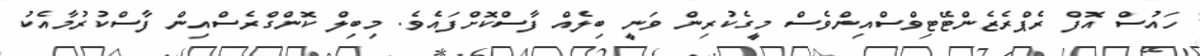
ހައުސް އޮފް ރެޕްރެޒެންޓޭޓިވްސްއިންވެސް މީގެކުރިން ވަނީ ބިލެއް ފާސްކޮށްފައެވެ. މިބިލް ކޮންގްރެސްއިން ފާސްކުރުމާއެކު